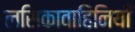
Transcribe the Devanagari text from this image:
लसिकावाहिनियाँ